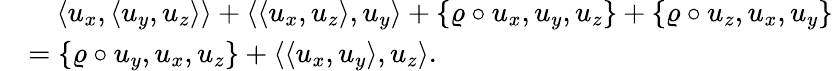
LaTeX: \begin{array}{rl}&{\quad\langle u_{x},\langle u_{y},u_{z}\rangle\rangle+\langle\langle u_{x},u_{z}\rangle,u_{y}\rangle+\{ \varrho\circ u_{x},u_{y},u_{z}\} +\{ \varrho\circ u_{z},u_{x},u_{y}\} }\\ &{=\{ \varrho\circ u_{y},u_{x},u_{z}\} +\langle\langle u_{x},u_{y}\rangle,u_{z}\rangle.}\end{array}